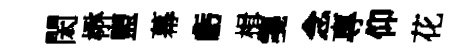
閎楙盥幕虧楫箋念專仰花